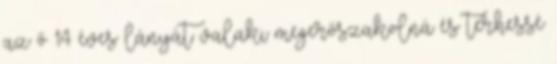
az ő 14 éves lányát valaki megerőszakolná és terhessé